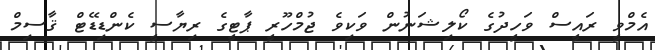
އެމްވީ ރައީސް ވަހީދުގެ ކޯލިޝަނުން ވަކިވެ ޖުމްހޫރީ ޕާޓީގެ ރިޔާސީ ކެންޑިޑޭޓް ޤާސިމް